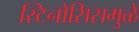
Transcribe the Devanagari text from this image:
स्टिनोसिसमुळे